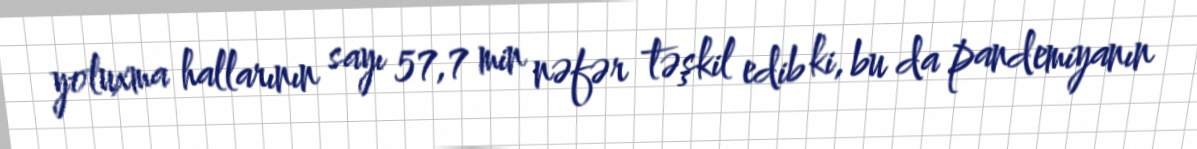
yoluxma hallarının sayı 57,7 min nəfər təşkil edib ki, bu da pandemiyanın